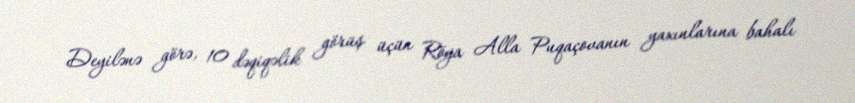
Deyilənə görə, 10 dəqiqəlik görüş üçün Röya Alla Puqaçovanın yaxınlarına bahalı